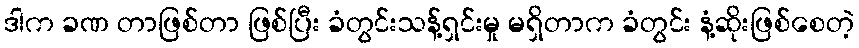
ဒါက ခဏ တာဖြစ်တာ ဖြစ်ပြီး ခံတွင်းသန့်ရှင်းမှု မရှိတာက ခံတွင်း နံ့ဆိုးဖြစ်စေတဲ့